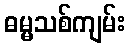
ဓမ္မသစ်ကျမ်း